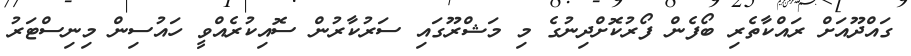
ގައްދޫއަށް ރައްކާތެރި ބޯފެން ފޯރުކޮށްދިނުގެ މި މަޝްރޫގައި ސަރުކާރުން ސޮއިކުރެއްވީ ހައުސިން މިނިސްޓަރު